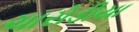
ચારોડીયા